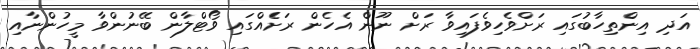
އަދި އިންތިހާބުގައި ރަށްވެހިވެފައިވާ ރަށް ނޫން އެހެން ރަށެެއްގައި ވޯޓްލާން ބޭނުންވާ މީހުންނާއި